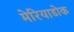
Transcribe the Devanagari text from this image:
मेरियाडोक